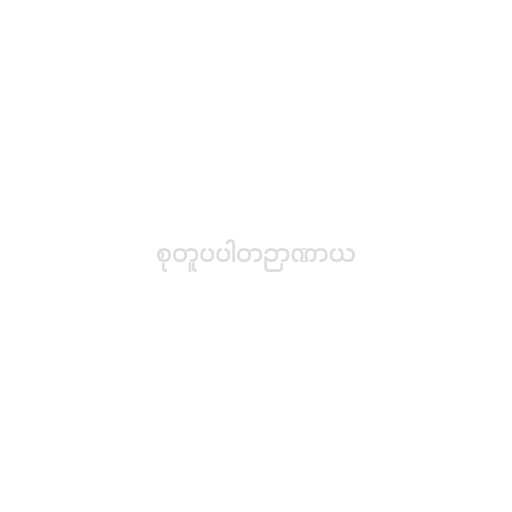
စုတူပပါတဉာဏာယ